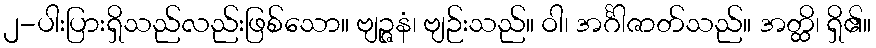
၂-ပါးပြားရှိသည်လည်းဖြစ်သော။ ဗျဉ္ဇနံ၊ ဗျဉ်းသည်။ ဝါ၊ အင်္ဂါဇာတ်သည်။ အတ္ထိ၊ ရှိ၏။